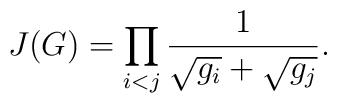
J(G)=\prod_{i<j}\frac{1}{\sqrt{\vphantom{g_j}g_i}+\sqrt{g_j}}.